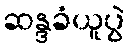
ဆန္ဒခံယူပွဲ